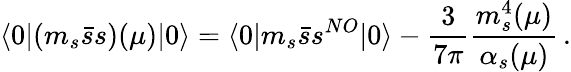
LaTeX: \langle 0|(m_{s}\bar{s}s)(\mu)|0\rangle=\langle 0|m_{s}\bar{s}s^{NO}|0\rangle-\frac{3}{7\pi}\frac{m_{s}^{4}(\mu)}{\alpha_{s}(\mu)}\, .